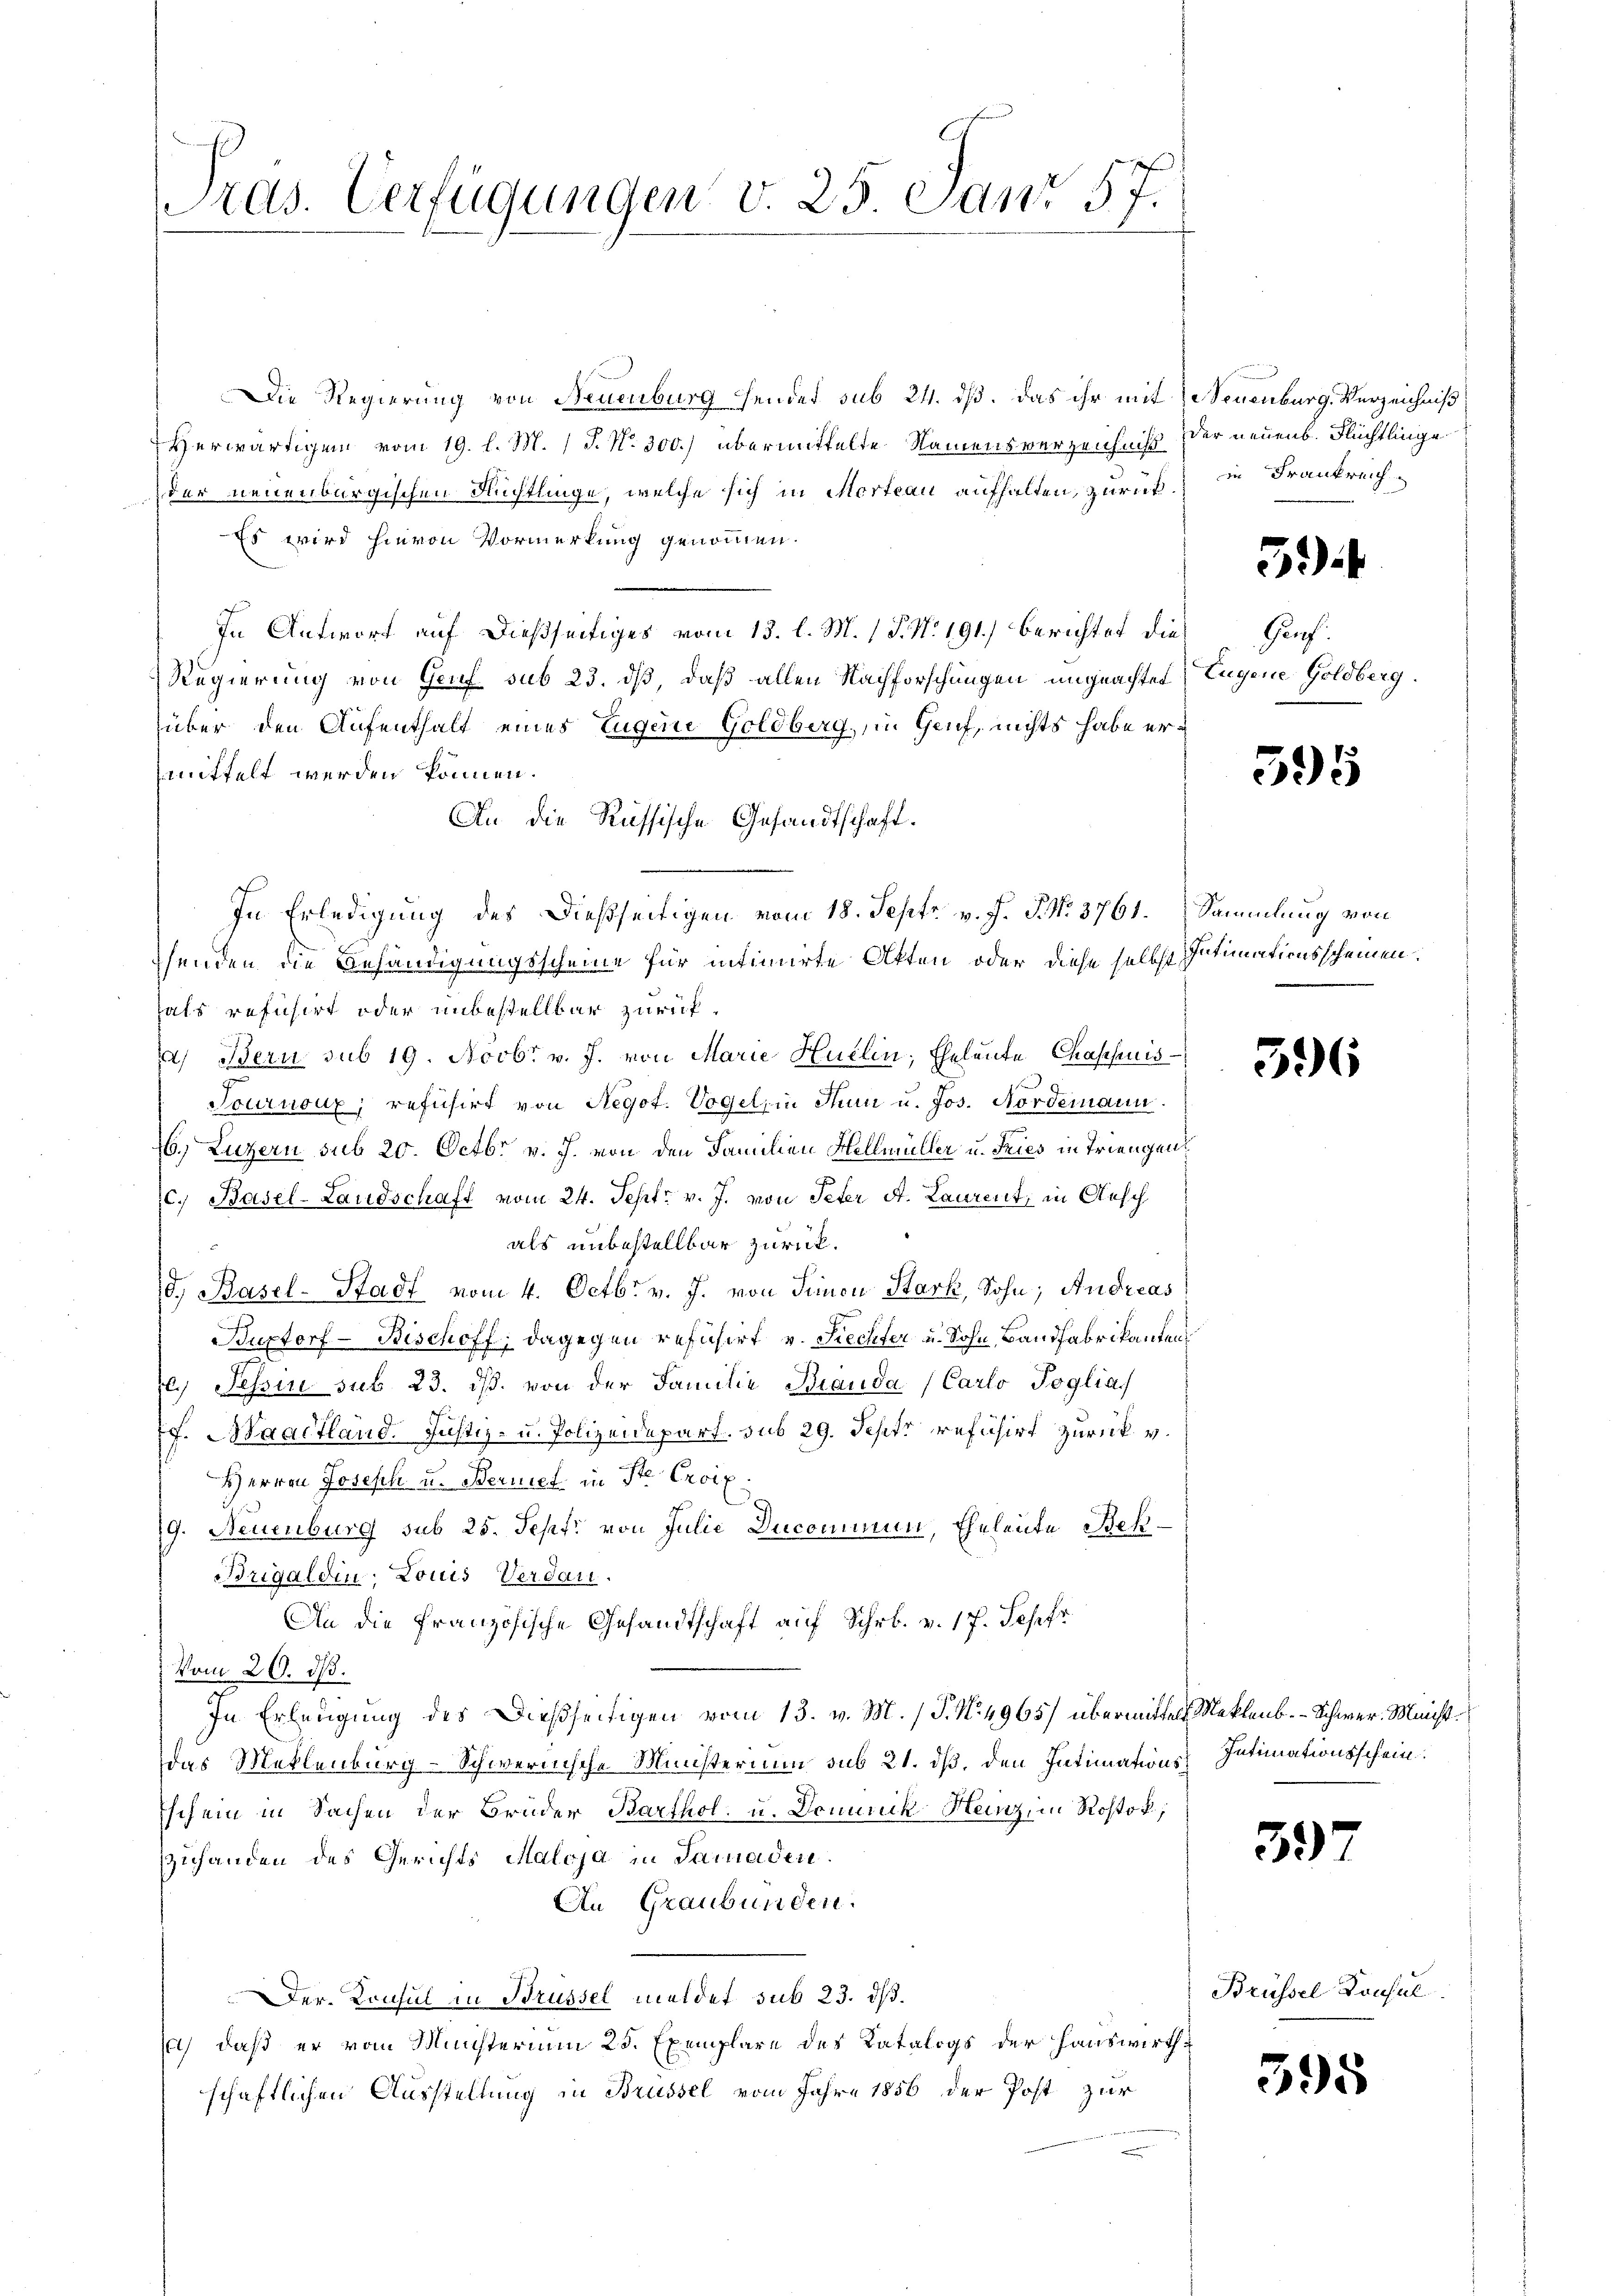
Ards. Verfügungen v. 25. Janr 57.

Die Regierung von Neuenburg hendet sub 24. dß. Das ihr mit de Seuenburg. Verzeichniß
Herwärtigen vom 19. l. M. / J. No. 300.) übermittelte Namensverzeichniß
der neuenburgischen Flüchtlinge, welche sich in Morteau aufhalten, zurück¬
Es wird hievon Vormerkung genommen.
In Antwort auf dießseitiges vom 13. l. M. 1 P. Nr. 191.) berichtet die Genf.
Regierung von Genf sub 23. dß, daß allen Nachforschungen ungeachtet Eugene Goldberg.
über den Aufenthalt eines Eugene Goldberg, in Genf, nichts habe ermittelt werden können.
An die Russische Gesandtschaft.
In Erledigung des dießseitigen vom 18. Sept v. J. J. No. 3761. Sammlung von
henden die Behändigungsscheine für intimirte Akten oder diese selbst Intimationsscheinen.
hals refusirt oder unbestellbar zurücka) Bern sub 19. Novbr. v. J. von Marie Huelin, Eheleute Chassinis
Tournoux; refusirt von Negot. Vogel, in Turi u. Jos. Nordemann.
16, Luzern sub 20. Octbr. v. J. von den Familien Hellmüller u. Fries in Triengen
c. Basel-Landschaft vom 24. Sept. v. J. von Peter A. Laurent, in Aesch
als unbestellbar zurück.
/d. Basel-Stadt vom 4. Octbr. v. J. von Simon Stark, Sohn, Andreas
Buptorf -Beschoff, dagegen reführt v. Siechter u. Sohn, Bandfabrikanten
l.) Sessi sub. 23. ds. von der Familie Branda Carlo Poglia,
Pr. Maactland. Justiz- u. Polizeidepart. sub 29. Septi refusirt zurück v.
Herren Joseph u. Bernet in Str. Excel
19. Neuenburg sub 25. Sept. von Julie Ducommen, Eheleute Bek
Brigaldin; Louis Verdau.
An die französische Gesandtschaft auf Schrb. v. 17. Jepfr
Vom 26. d.
In Erledigung des Dießseitigen vom 13. v. M. (T. No. 4965) übermittels Meklenb. - Schwer. Münstdas Meklenburg-Schwernische Ministerium sub 21. dß, den Intimations-Intimationsschein
schein in Sachen der Brüder Barthol. u. Dominik Hainz, in Rostok.,
zuhanden des Gerichts Maloja in Samaden.
An Graubünden.
Der Konsul in Brüssel meldet sub 23. ds.
a) daß er vom Ministerium 25. Exemplare des Katalogs der Hauswirthschaftlichen Ausstellung in Brüssel vom Jahre 1856 der Post zur

der neuenb. Flüchtlinge
in Frankreich

5)

595

596

33

Brüssel Konsul

395